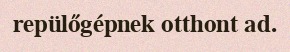
repülőgépnek otthont ad.